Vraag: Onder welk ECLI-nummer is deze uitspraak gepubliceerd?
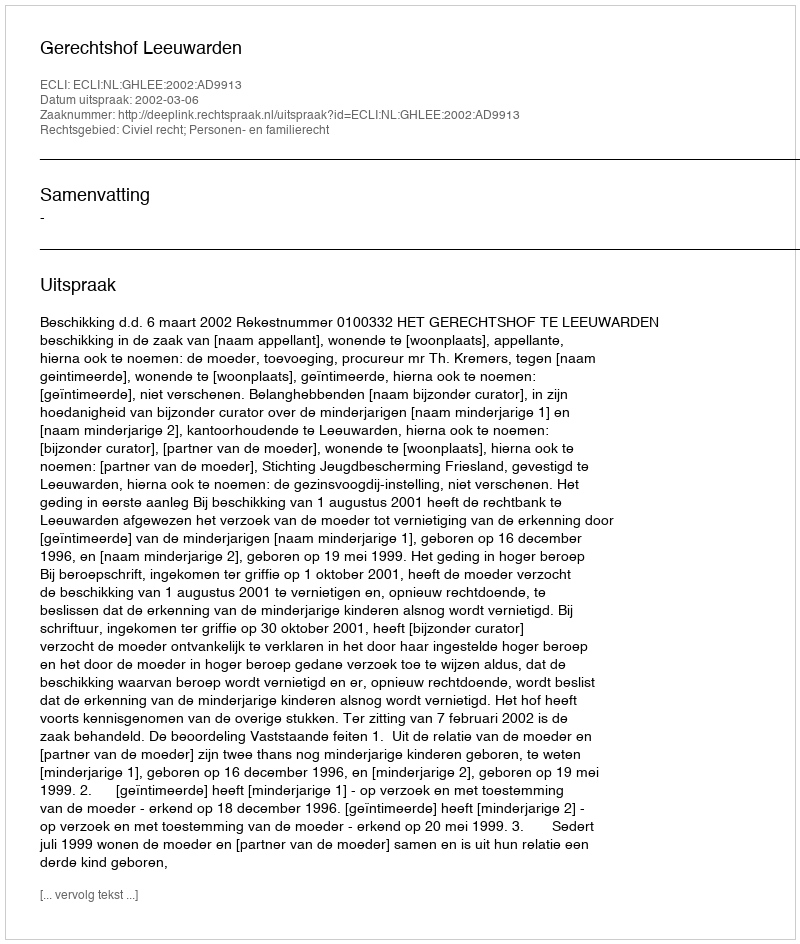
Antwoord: ECLI:NL:GHLEE:2002:AD9913